Indian journal of veterinary science and animal husbandry - Volume 8,
Year: 1938
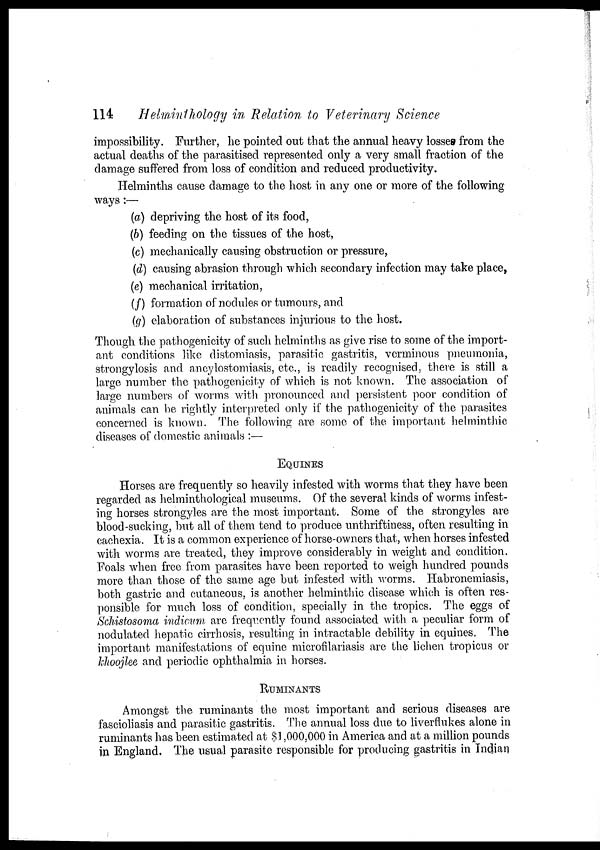
114
Helminthology in Relation to Veterinary Science
impossibility. Further, he pointed out that the annual heavy losses from the
actual deaths of the parasitised represented only a very small fraction of the
damage suffered from loss of condition and reduced productivity.
Helminths cause damage to the host in any one or more of the following
ways:—
(a) depriving the host of its food,
(b) feeding on the tissues of the host,
(c) mechanically causing obstruction or pressure,
(d) causing abrasion through which secondary infection may take place,
(e) mechanical irritation,
(f) formation of nodules or tumours, and
(g) elaboration of substances injurious to the host.
Though the pathogenicity of such helminths as give rise to some of the import-
ant conditions like distomiasis, parasitic gastritis, verminous pneumonia,
strongylosis and ancylostomiasis, etc., is readily recognised, there is still a
large number the pathogenicity of which is not known. The association of
large numbers of worms with pronounced and persistent poor condition of
animals can be rightly interpreted only if the pathogenicity of the parasites
concerned is known. The following are some of the important helminthic
diseases of domestic animals :—
EQUINES
Horses are frequently so heavily infested with worms that they have been
regarded as helminthological museums. Of the several kinds of worms infest-
ing horses strongyles are the most important. Some of the strongyles are
blood-sucking, but all of them tend to produce unthriftiness, often resulting in
cachexia. It is a common experience of horse-owners that, when horses infested
with worms are treated, they improve considerably in weight and condition.
Foals when free from parasites have been reported to weigh hundred pounds
more than those of the same age but infested with worms. Habronemiasis,
both gastric and cutaneous, is another helminthic disease which is often res-
ponsible for much loss of condition, specially in the tropics. The eggs of
Schistosoma indicum are frequently found associated with a peculiar form of
nodulated hepatic cirrhosis, resulting in intractable debility in equines. The
important manifestations of equine microfilariasis are the lichen tropicus or
khoojlee and periodic ophthalmia in horses.
RUMINANTS
Amongst the ruminants the most important and serious diseases are
fascioliasis and parasitic gastritis. The annual loss due to liverflukes alone in
ruminants has been estimated at $1,000,000 in America and at a million pounds
in England. The usual parasite responsible for producing gastritis in Indian